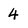
Character: 4